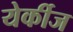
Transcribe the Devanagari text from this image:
येर्कीज